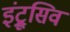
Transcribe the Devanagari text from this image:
इंट्रूसिव